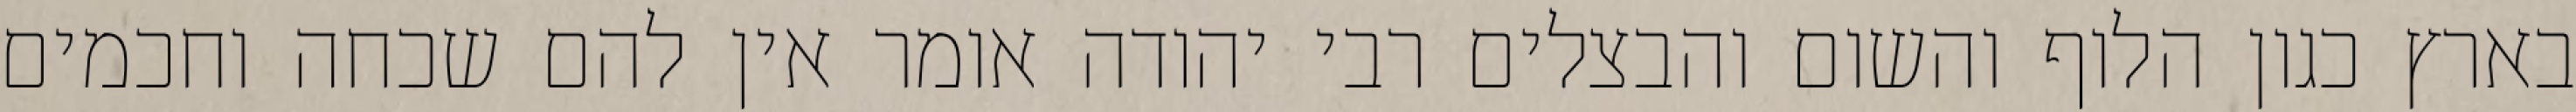
בארץ כגון הלוף והשום והבצלים רבי יהודה אומר אין להם שכחה וחכמים